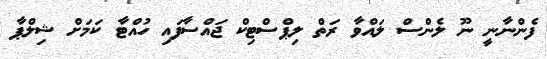
ފެންނާނީ ނޫ ލެންސް ލައްވާ ރަތް ލިޕްސްޓިކް ޖައްސާފައި ހުއްޓާ ކަމަށް ޝިލްޕާ